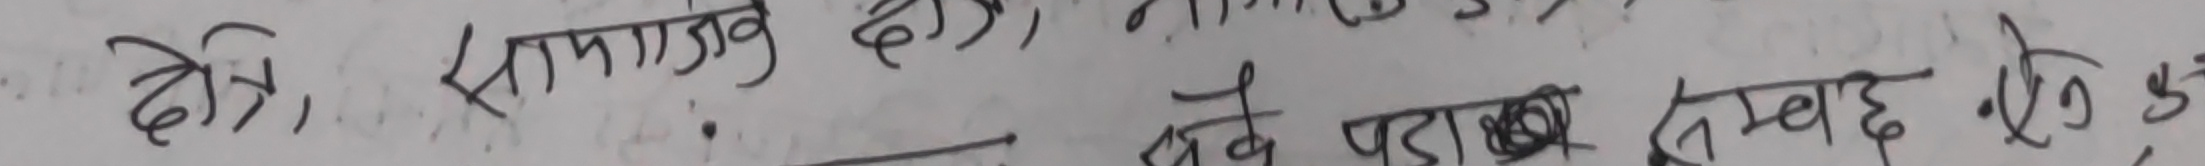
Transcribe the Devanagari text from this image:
क्षेत्र, समाजक छ), नाम वे पड़ा संबंध छो क